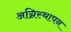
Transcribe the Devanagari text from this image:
अग्निस्थापन